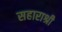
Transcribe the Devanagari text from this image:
सहाराश्री